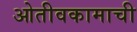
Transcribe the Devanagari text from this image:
ओतीवकामाची